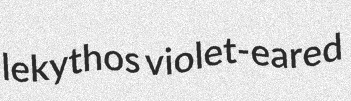
lekythos violet-eared